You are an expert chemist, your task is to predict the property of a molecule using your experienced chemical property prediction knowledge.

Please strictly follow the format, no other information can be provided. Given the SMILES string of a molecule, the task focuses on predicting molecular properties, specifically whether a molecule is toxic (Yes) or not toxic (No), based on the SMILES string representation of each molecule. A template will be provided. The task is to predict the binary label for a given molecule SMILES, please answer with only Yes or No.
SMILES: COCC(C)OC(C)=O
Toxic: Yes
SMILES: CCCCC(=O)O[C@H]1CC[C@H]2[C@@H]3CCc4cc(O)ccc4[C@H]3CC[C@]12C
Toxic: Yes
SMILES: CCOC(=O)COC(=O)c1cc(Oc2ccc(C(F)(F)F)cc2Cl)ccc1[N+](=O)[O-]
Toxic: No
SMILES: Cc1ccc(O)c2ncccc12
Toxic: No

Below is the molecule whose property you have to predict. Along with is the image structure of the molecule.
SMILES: CO[Si](OC)(OC)OC
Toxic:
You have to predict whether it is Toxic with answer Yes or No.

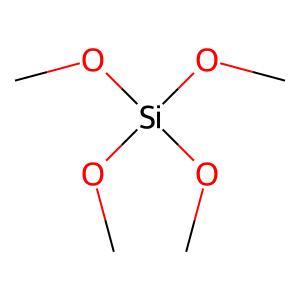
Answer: No